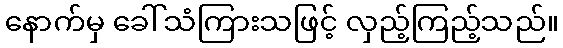
နောက်မှ ခေါ်သံကြားသဖြင့် လှည့်ကြည့်သည်။